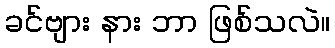
ခင်ဗျား နား ဘာ ဖြစ်သလဲ။